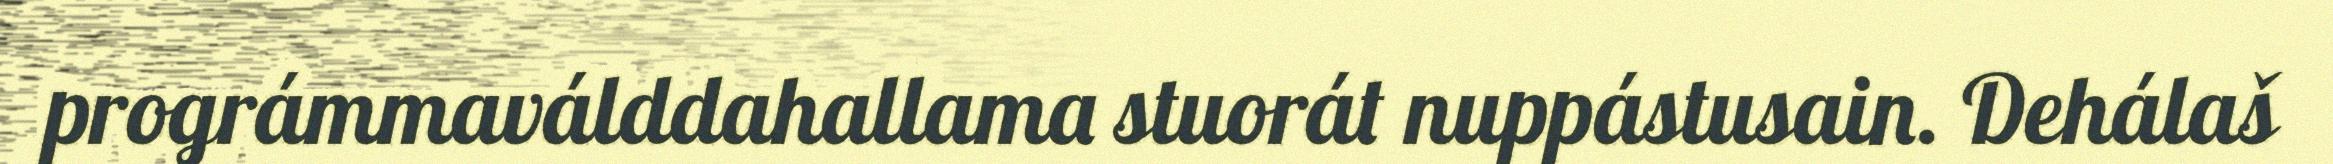
prográmmaválddahallama stuorát nuppástusain. Dehálaš